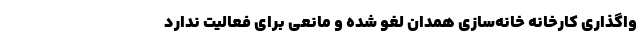
واگذاری کارخانه خانه‌سازی همدان لغو شده و مانعی برای فعالیت ندارد